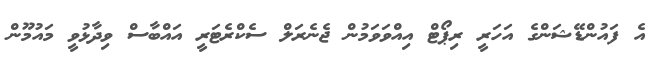
އެ ފައުންޑޭޝަންގެ އަހަރީ ރިޕޯޓް އިއްވަވަމުން ޖެނެރަލް ސެކްރެޓަރީ އައްބާސް ވިދާޅުވީ މައުމޫން